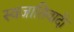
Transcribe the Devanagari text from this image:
स्वजातिवादी